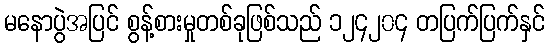
မနောပွဲအပြင် စွန့်စားမှုတစ်ခုဖြစ်သည် ၁၂၄၂၀၄ တပြက်ပြက်နှင်